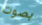
بصوت